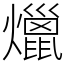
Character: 爉